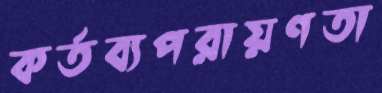
কর্তব্যপরায়ণতা